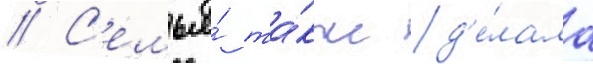
// С'емья́ та́кже д'е́лала